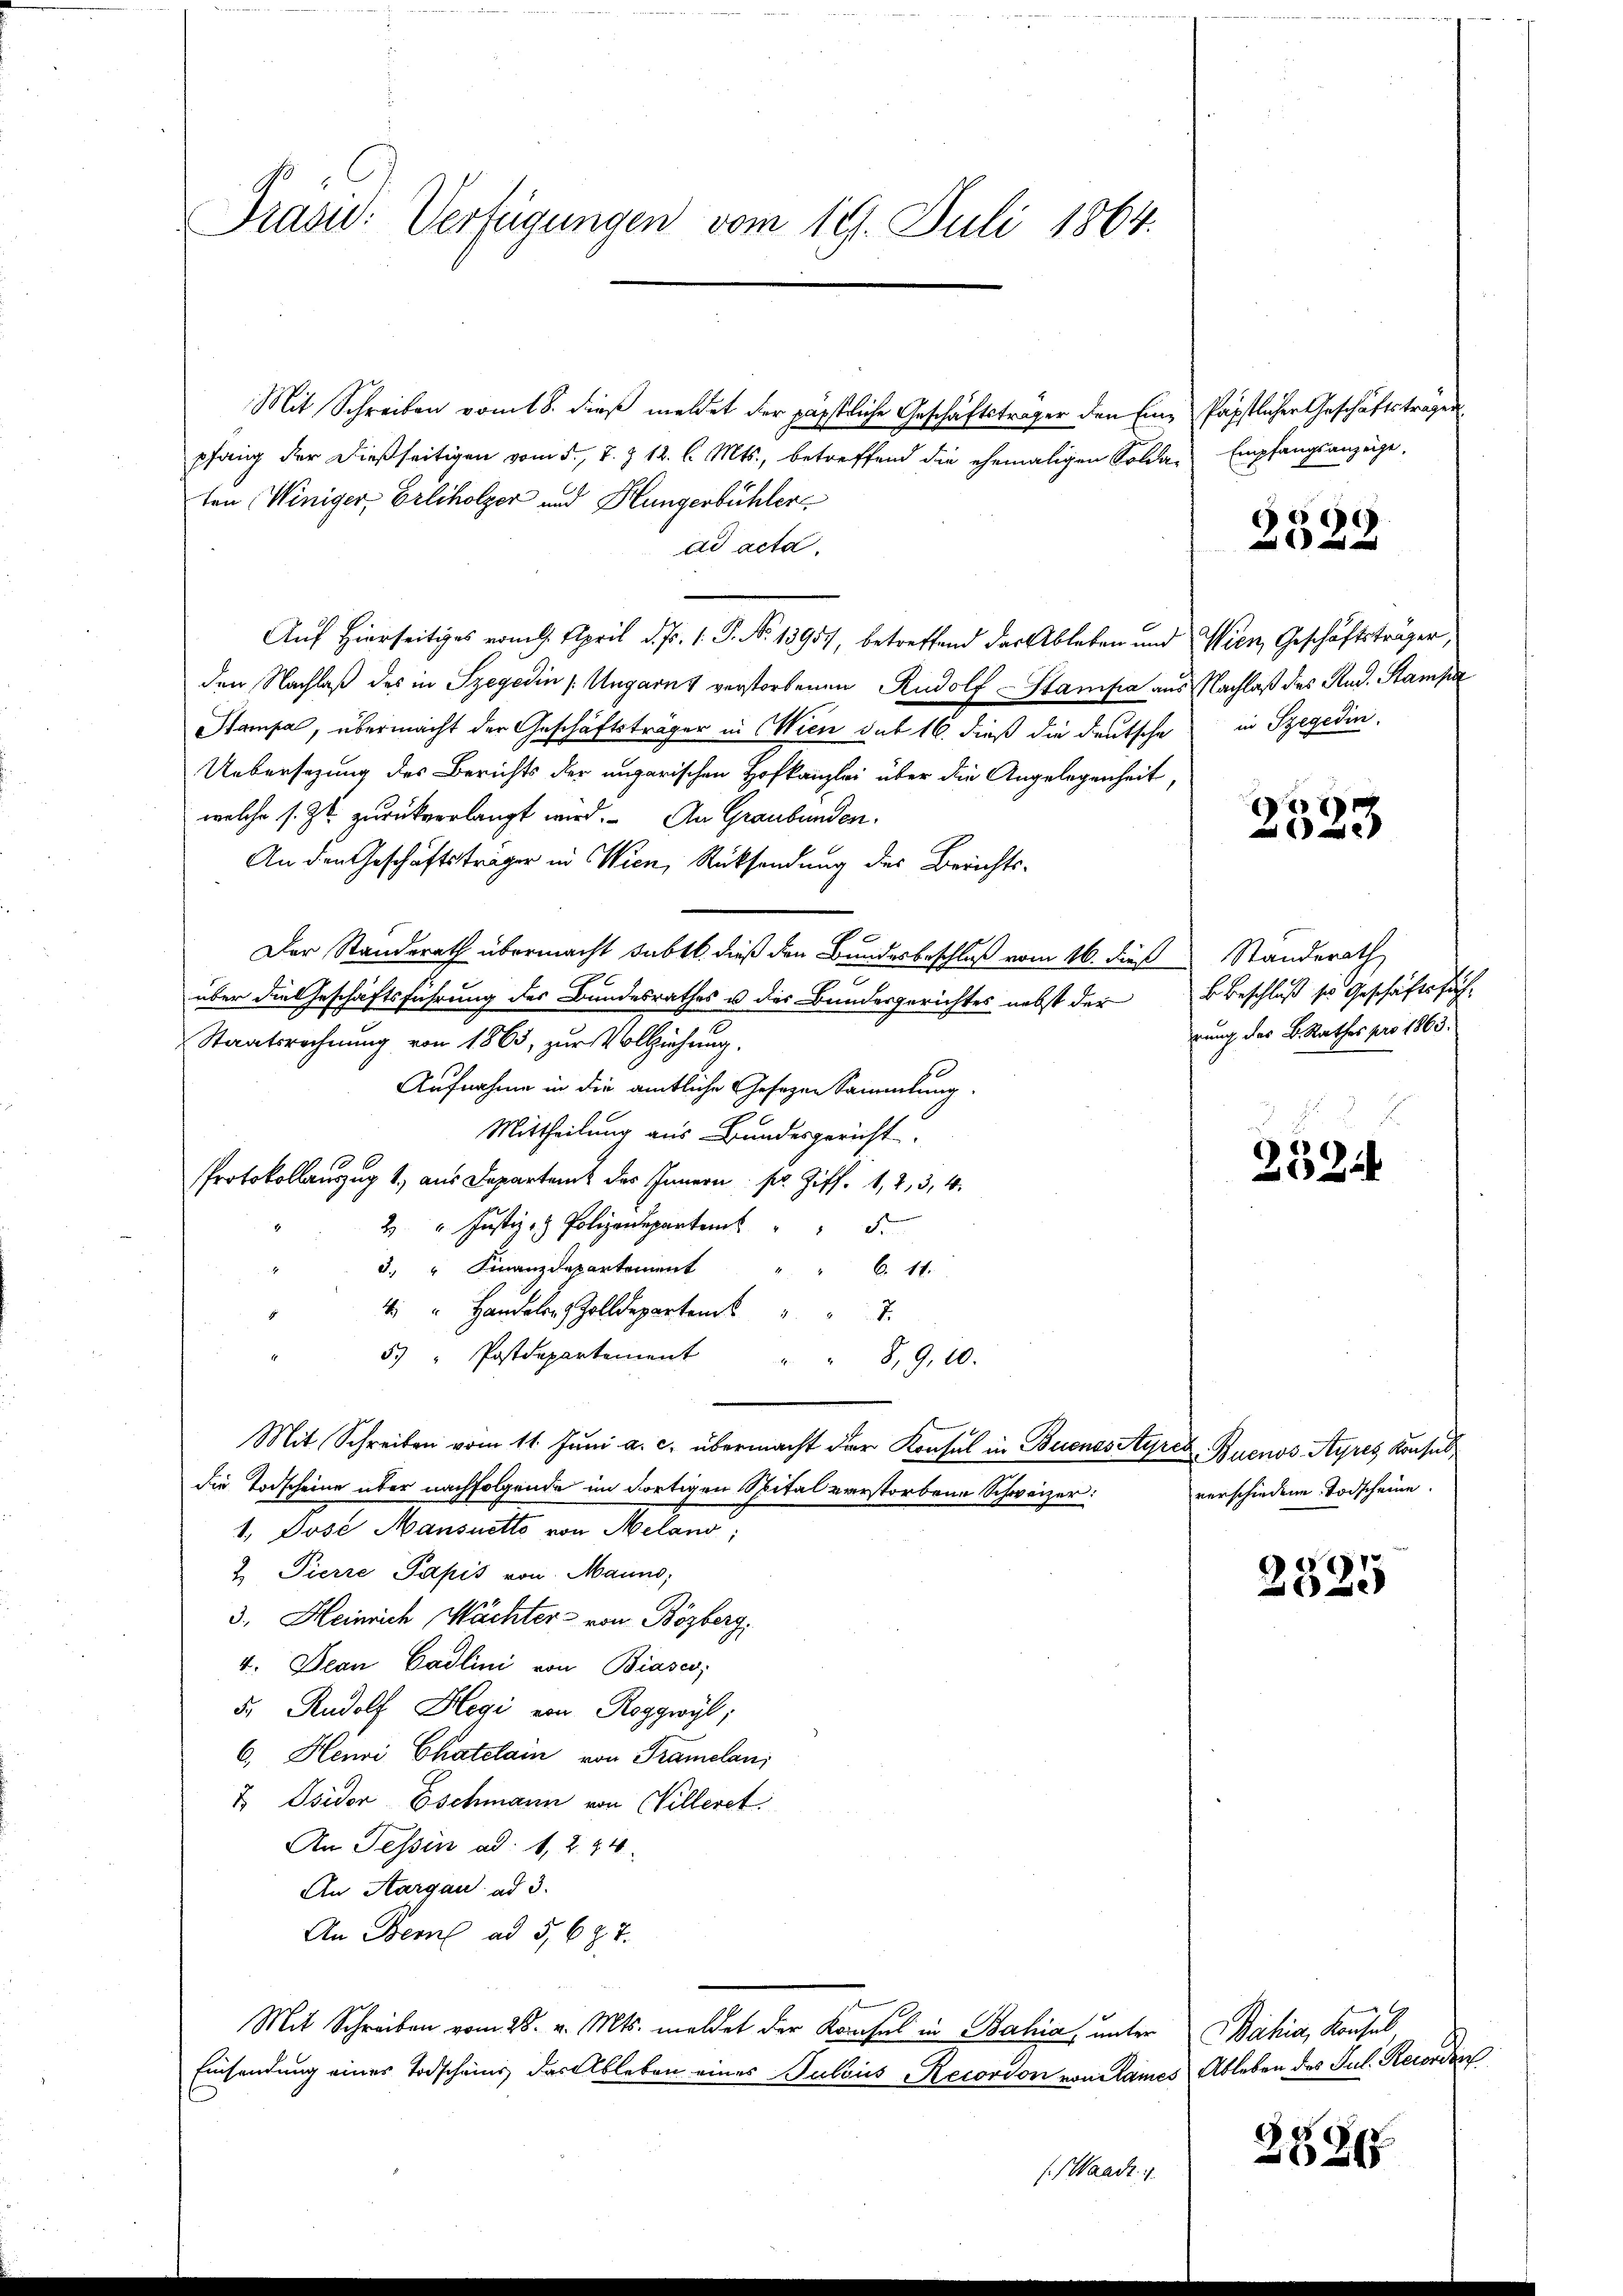
Präsid. Verfügungen vom 19. Juli 1864.

Mit Schreiben vom 18. dieß meldet der päpstliche Geschäftsträger den Eine päpstlicher Geschäftsträgen
pfang der dießseitigen vom 5., 7. § 12. l. Mts., betreffend die ehemaligen Solda-
ten Winiger Erliholzer und Hungerbühler
ad acta.
Auf Hierseitiges vom 4. April d. Js. 1. P. No 13957, betreffend der Ableben und Wien, Geschäftsträger,
den Nachlaß des in Szegedin Ungarns verstorbenen Rudolf Stampa aus Nachlaß des Stud. Stampa
Stampal, übermacht der Geschäftsträger in Wien sub 16. dieß die deutsche
Uebersezung des Berichts der ungarischen Hofkanzlei über die Angelegenheit,
welche s. Zt. zurückverlangt wird. An Graubünden.
An den Geschäftsträger in Wien, Rücksendung des Berichts¬
Der Standerath übermacht subtt. dieß den Bundesbeschluß vom 16. der Standerath
über die Geschäftsführung des Bundesrathes u der Bundesgerichtes nebst der Beschluß sie Geschäftsfüh-
Staatsrechnung von 1863, zur Vollziehung.
Aufnahme in die amtliche Gesezen Sammlung.
Mittheilung aus Bundesgericht.
Protokollauszug 1) aus Departen des Innern pr. Ziff. 1, 2, 3, 4.
2 " Jŭstiz- & Polizenparten " " 5.
3. " Finanzdepartement " " 6. 11.
4 " Handler Zolldeparten " " 7
5 " Postdepartement
8, 9.10.
Mit Schreiben vom 11. Jŭni a. c. übermacht der Konsul in Buenos Ayres Buenos-Ayres Konsul
die Todscheine über nachfolgende im dortigen Spital verstorbene Schweizer:
1. Pose Mansmitte von Meland,
2 Pierre Papis von Manns,
3. Heinrich Wächter von Bözberg,
4. Dean Cadlini von Biases;
5. Rudolf Hegi von Roggwyl;
6. Henri Chatelain von Tramelan
& Isidor Eschmann von Willeret.
An Tessin ad 1, 244.
An Aargau ad 3.
An Bern ad 5, 697.
2
Mit Schreiben vom 28. v. Mts. meldet der Konsul in Bahia, unter Bahia, Konsul
Einsendung eines Todscheins das Ableben eines Subois Recorson von Rames Ableben des Jul. Recorden

f. Waadt i

Empfangsanzeige.

2522

in Szegedin

2523

rung der B. Rathes pro 1863.

21524

verschiedene Todscheine.

2325

282